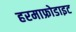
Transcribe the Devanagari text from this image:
हरमाफ्रोडाइट